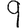
Digit: 9